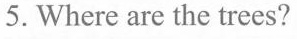
5. Where are the trees?